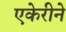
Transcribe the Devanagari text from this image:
एकेरीने